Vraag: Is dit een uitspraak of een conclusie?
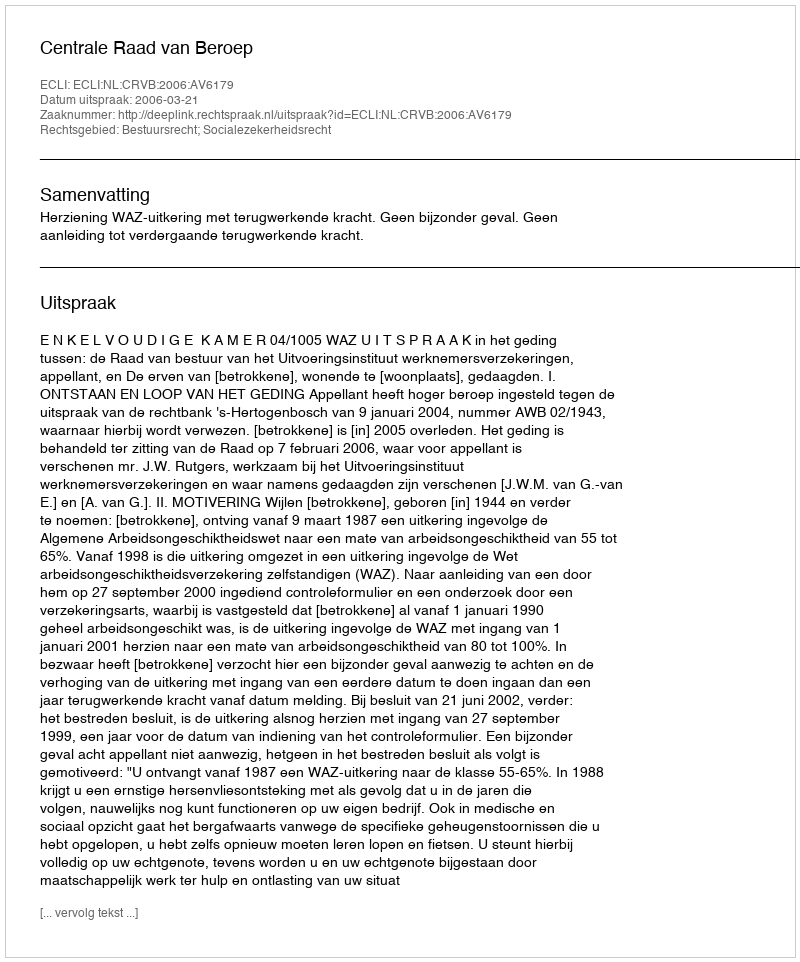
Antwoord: Uitspraak